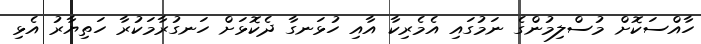
ހާއްސަކޮށް މުސްލިމުންގެ ނަމުގައި އެމެރިކާ އާއި ހުޅަނގާ ދެކޮޅަށް ހަނގުރާމަކުރާ ހަތިޔާރު އެޅި